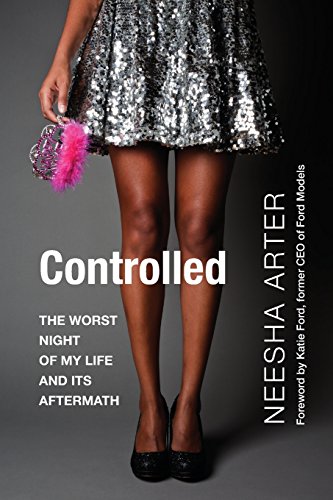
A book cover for Controlled; Neesha Arter; Politics & Social Sciences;